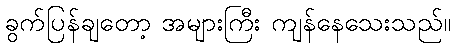
ခွက်ပြန်ချတော့ အများကြီး ကျန်နေသေးသည်။